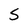
Character: S